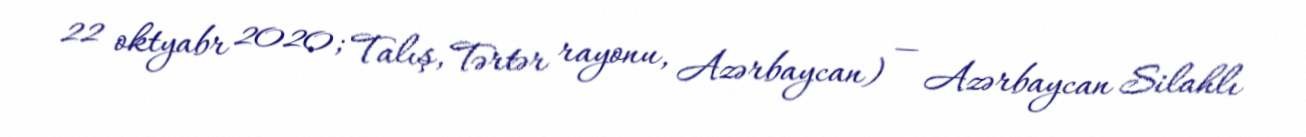
22 oktyabr 2020; Talış, Tərtər rayonu, Azərbaycan) — Azərbaycan Silahlı